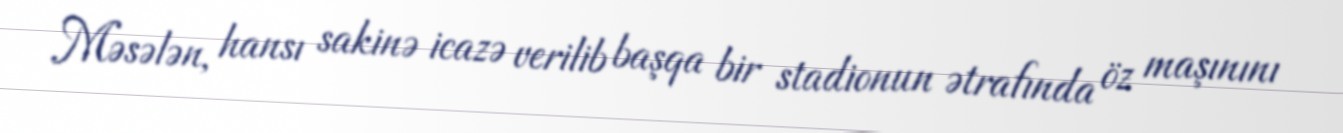
Məsələn, hansı sakinə icazə verilib başqa bir stadionun ətrafında öz maşınını